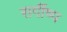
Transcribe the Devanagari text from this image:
सगींष्प